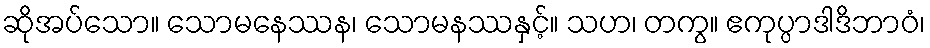
ဆိုအပ်သော။ သောမနေဿန၊ သောမနဿနှင့်။ သဟ၊ တကွ။ ဧကုပ္ပာဒါဒိဘာဝံ၊